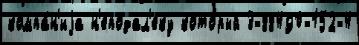
компа́н'иjа н'еподал'еку кото́рый 3-88490-152-4